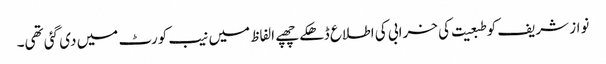
نواز شریف کو طبعیت کی خرابی کی اطلاع ڈھکے چھپے الفاظ میں نیب کورٹ میں دی گئی تھی۔